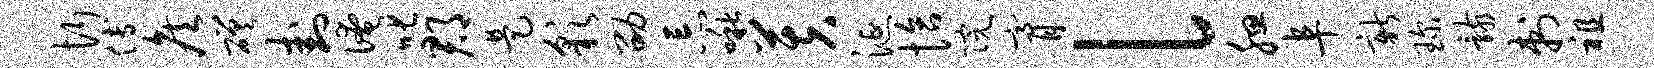
忻傅侯磋卦淹叱郡是彩劭忘啾芙涎恰院膏l腮阜新琛骸刺祖